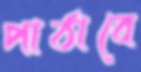
পাঠাবে